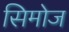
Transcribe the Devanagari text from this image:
सिमोज